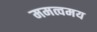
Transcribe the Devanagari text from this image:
ममत्वमय